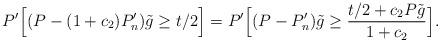
LaTeX: \begin{align*}P'\Bigl[(P - (1 + c_{2})P'_{n})\tilde{g} \ge t/2\Bigr] = P'\Bigl[(P - P'_{n})\tilde{g} \ge \frac{t/2 + c_{2}P\tilde{g}}{1 + c_{2}}\Bigr].\end{align*}